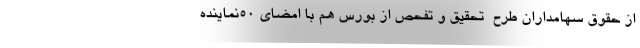
از حقوق سهامداران طرح  تحقیق و تفحص از بورس هم با امضای 50نماینده